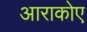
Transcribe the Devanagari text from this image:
आराकोए